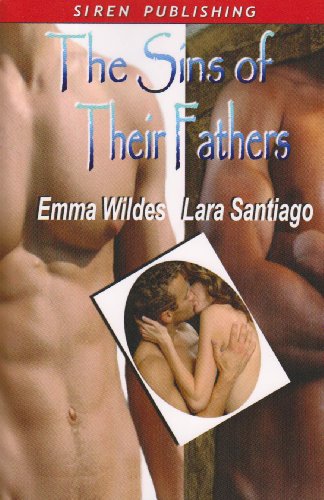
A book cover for The Sins of Their Fathers [Can't Say No by Emma Wildes: Kissed by Fate by Lara Santiago]; Emma Wildes; Romance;